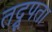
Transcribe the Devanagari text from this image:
तद्रूपता